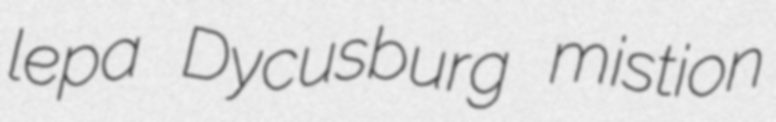
lepa Dycusburg mistion